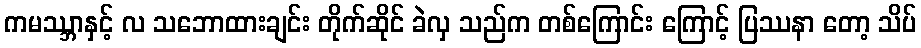
ကမဿ္ဘာနှင့် လ သဘောထားချင်း တိုက်ဆိုင် ခဲလှ သည်က တစ်ကြောင်း ကြောင့် ပြဿနာ တော့ သိပ်